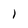
Character: 1